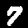
Digit: 7